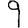
Digit: 9